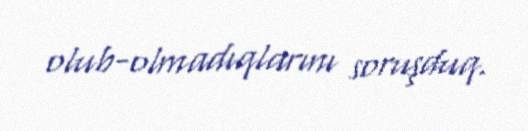
olub-olmadıqlarını soruşduq.